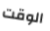
الوقت